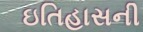
ઇતિહાસની